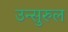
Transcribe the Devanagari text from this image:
उन्सुरुल